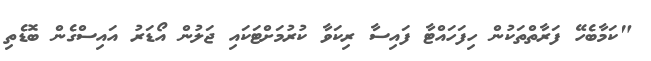
"ކަމާބެހޭ ފަރާތްތަކުން ހިފަހައްޓާ ފައިސާ ރިކަވާ ކުރުމަށްޓަކައި ޖަލުން އޯޑަރު އައިސްގެން ބޮޑެތި